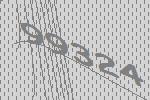
99324